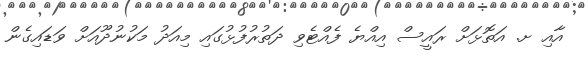
އާއި ށ. އަތޮޅަށް ރައީސް އިއްޔެ ފެއްޓެވި ދަތުރުފުޅުގައި މިއަދު މަކުނުދޫއަށް ވަޑައިގެން